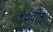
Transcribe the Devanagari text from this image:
१०वीत